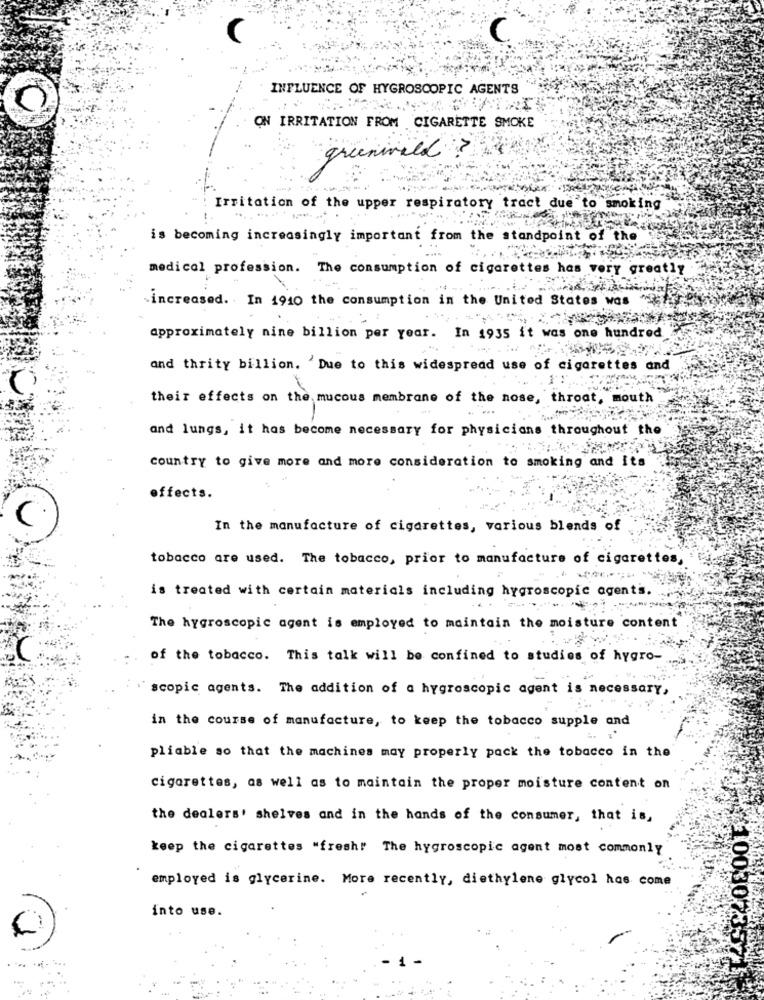
INFLUENCE OF HYGROSCOPIC AGENTS
ON IRRITATION FROM CIGARETTE SMOKE
greenwald ?
Irritation of the upper respiratory tract due to smoking
is becoming increasingly important from the standpoint of the
medical profession. The consumption of cigarettes has very greatly
increased. In 1910 the consumption in the United States was
approximately nine billion per year. In 1935 it was one hundred
and thrity billion. 'Due to this widespread use of cigarettes and
their effects on the mucous membrane of the nose, throat, mouth
and lungs, it has become necessary for physicians throughout the
country to give more and more consideration to smoking and its
effects.
In the manufacture of cigarettes, various blends of
tobacco are used. The tobacco, prior to manufacture of cigarettes,
is treated with certain materials including hygroscopic agentss.
The hygroscopic agent is employed to maintain the moisture content
of the tobacco. This talk will be confined to studies of hygro-
scopic agents. The addition of a hygroscopic agent is necessary,
in the course of manufacture, to keep the tobacco supple and
pliable so that the machines may properly pack the tobacco in the
cigarettes, as well as to maintain the proper moisture content on
the dealers' shelves and in the hands of the consumer, that is,
keep the cigarettes "fresh! The hygroscopic agent most commonly
employed is glycerine. More recently, diethylene glycol has come
into use.
100307357711